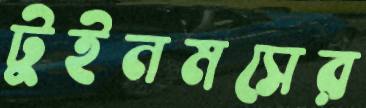
টুইনমসের